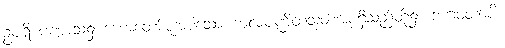
ဥပရိ ပဏ္ဏာသ၌ ဟောတော်မူအပ်သော ဗာလပဏ္ဍိတသုတ်အစရှိသည်တို့၌။ ဘဂဝတာပိ၊